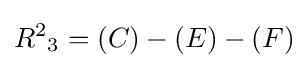
{R^{2}}_{3}=(C)-(E)-(F)